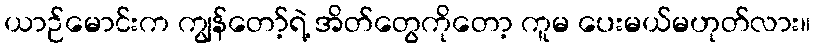
ယာဉ်မောင်းက ကျွန်တော့်ရဲ့ အိတ်တွေကိုတော့ ကူမ ပေးမယ်မဟုတ်လား။